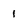
Character: 1